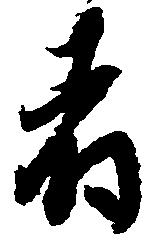
者